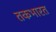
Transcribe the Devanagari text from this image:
तकभारत